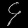
Digit: ၄